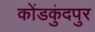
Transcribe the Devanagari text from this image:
कोंडकुंदपुर